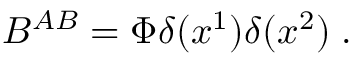
B ^ { A B } = \Phi \delta ( x ^ { 1 } ) \delta ( x ^ { 2 } ) \; .